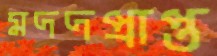
মদদপ্রাপ্ত